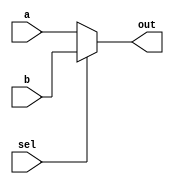
module mux_2by1_reg(
    input a, 
    input b, 
    input sel, 
    output out
);

reg out;

// 아래 코드는 algorithmic description 라고 한다.
// sensitive 와 살짝 다르다. 코드와 닮게 조금 sequiential 하다.
// 그래서 always 구문을 써서 sensitive하게 만들어준다.
// * : 모든 wire를 알아서 찾아놓음.
always @ (*)
    if (sel)
        out <= b;
    else
        out <= a;


endmodule